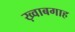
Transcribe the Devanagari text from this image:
ख़्वाबगाह